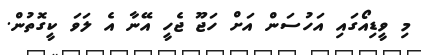
މި ވީޑިއޯގައި އަހުސަން އަށް ހަޖޫ ޖެހީ އޭނާ އެ ލަވަ ކީގޮތުން.